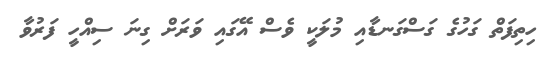
ހިތިފަތް ގަހުގެ ގަސްގަނޑާއި މުލަކީ ވެސް އޭގައި ވަރަށް ގިނަ ސިއްހީ ފަރުވާ